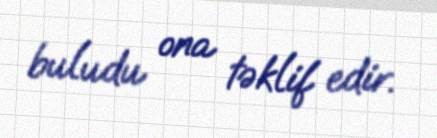
buludu ona təklif edir.